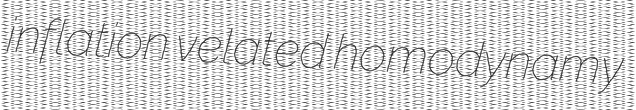
inflation velated homodynamy